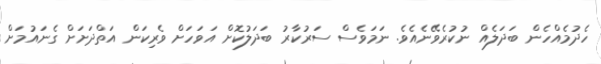
ހެދުމެއްހެން ބަދަލެއް ނުކުރެވޭނެއެވެ. ނަމަވެސް ސަރުކާރު ބަދަލުކޮށް އަވަހަށް ވެރިކަން އަތްދަށަށް ގެނައުމަށް